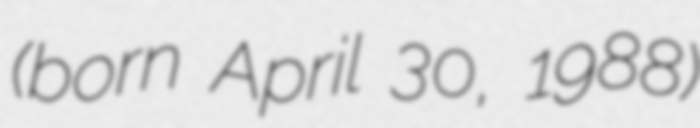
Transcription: (born April 30, 1988)